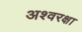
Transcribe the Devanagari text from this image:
अश्वरक्षा